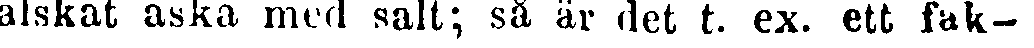
alskat aska med salt; så är det t. ex. ett fak-